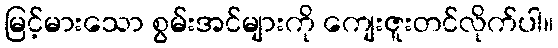
မြင့်မားသော စွမ်းအင်များကို ကျေးဇူးတင်လိုက်ပါ။